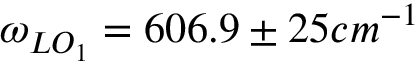
\omega _ { L O _ { 1 } } = 6 0 6 . 9 \pm 2 5 c m ^ { - 1 }